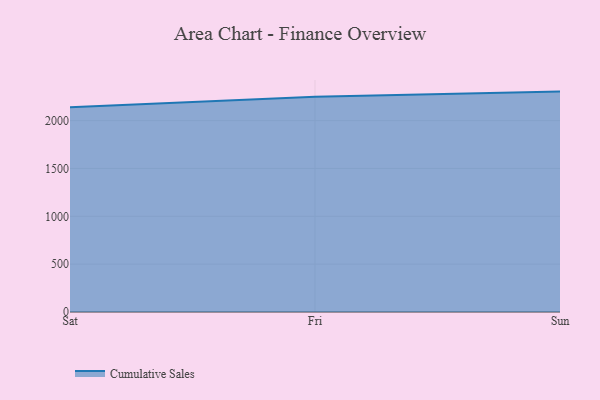
{"axis": {"x": "Day", "y": "Population (Million)"}, "legend": ["Cumulative Sales"], "data": [{"x": "Sat", "y": 2139.1, "type": "Cumulative Sales"}, {"x": "Fri", "y": 2249.2, "type": "Cumulative Sales"}, {"x": "Sun", "y": 2303.2, "type": "Cumulative Sales"}]}